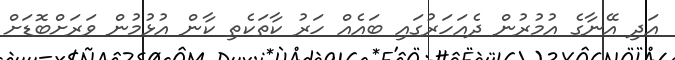
އަދި އޭނާގެ އުމުރުން ދެއަހަރުގައި ބައެއް ހަރު ކާތަކެތި ކާން އުޅުމުން ވަރަށްބޮޑަށް